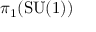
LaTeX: \pi _ { 1 } ( \mathrm { S U } ( 1 ) )